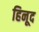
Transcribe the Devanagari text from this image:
हिनूद